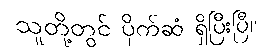
သူတို့တွင် ပိုက်ဆံ ရှိပြီးပြီ။